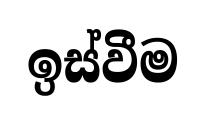
ඉස්වීම